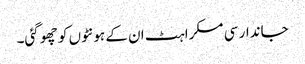
جاندار سی مسکراہٹ ان کے ہونٹوں کو چھو گئی۔